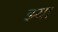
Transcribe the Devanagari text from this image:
झ्या